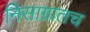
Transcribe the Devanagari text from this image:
निसाग्रातच